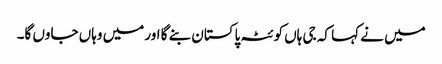
میں نے کہا کہ جی ہاں کوئٹہ پاکستان بنے گا اور میں وہاں جاوں گا۔